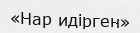
«Нар идірген»